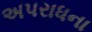
અપરાધના